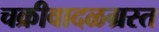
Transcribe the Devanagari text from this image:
चक्रीवादळग्रस्त